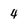
Character: 4